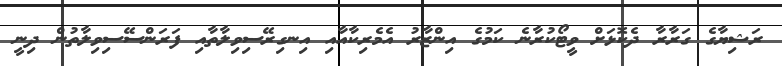
ރަޝިޔާގެ ގަރާރާ ދެކޮޅަށް ވީޓޯކުރާނެ ކަމުގެ އިންޒާރު އެމެރިކާއާއި އިނގިރޭސިވިލާތާއި ފަރަންސޭސިވިލާތުން ދިނީ